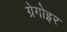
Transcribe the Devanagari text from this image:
ग्रेगोइर